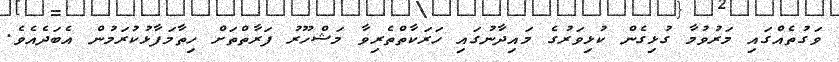
ވަގުތެއްގައި މަރުވުމާ ގުޅިގެން ކުޅިވަރުގެ މައިދާނުގައި ހަރަކާތްތެރިވާ މަޝްހޫރު ފަރާތްތަށް ހިތާމަފާޅުކުރަމުން އެބަދެއެވެ.